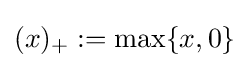
(x)_{+}:=\max\{x,0\}